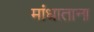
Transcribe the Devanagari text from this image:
मांधाताना